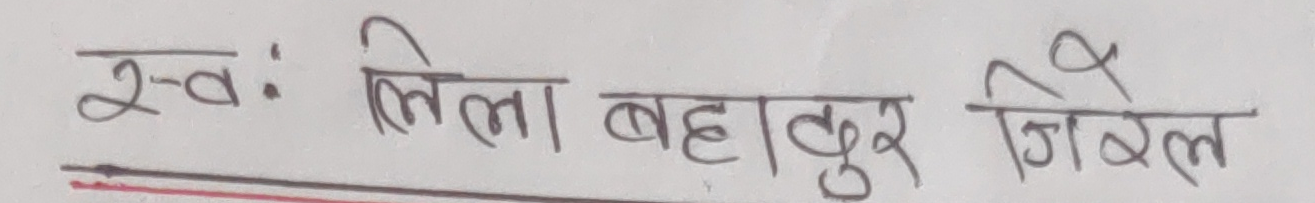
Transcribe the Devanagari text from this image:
स्व: लिला बहादुर जिएल